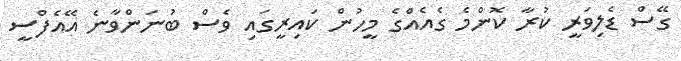
ގޭސް ޑެލިވަރީ ކުރާ ކޮންމެ ގެއެއްގެ މީހުން ކައިރީގައި ވެސް ބުނަންވާނެ އޭއެފްސީ